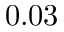
0 . 0 3